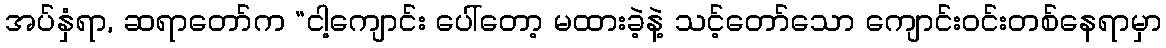
အပ်နှံရာ, ဆရာတော်က “ငါ့ကျောင်း ပေါ်တော့ မထားခဲ့နဲ့ သင့်တော်သော ကျောင်းဝင်းတစ်နေရာမှာ